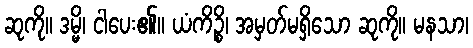
ဆုကို။ ဒမ္မိ၊ ငါပေး၏။ ယံကိဉ္စိ၊ အမှတ်မရှိသော ဆုကို။ မနသာ၊